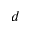
d